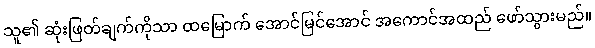
သူ၏ ဆုံးဖြတ်ချက်ကိုသာ ထမြောက် အောင်မြင်အောင် အကောင်အထည် ဖော်သွားမည်။